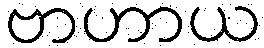
ဗာဟာယ